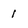
Character: 1